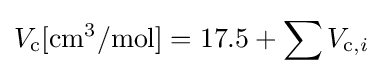
V_{\text{c}}[{\text{cm}}^{3}/{\text{mol}}]=17.5+\sum V_{{\text{c}},i}